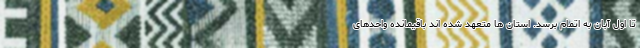
تا اول آبان به اتمام برسد. استان ها متعهد شده اند باقیمانده واحدهای